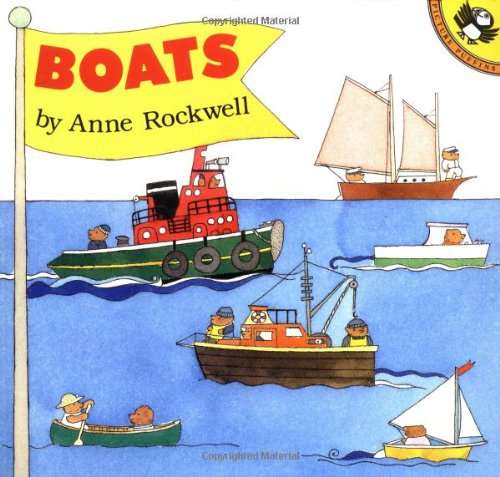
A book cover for Boats (Picture Puffin Books); Anne Rockwell; Children's Books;